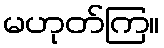
မဟုတ်ကြ။